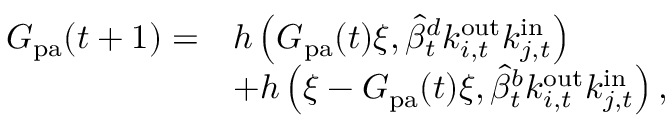
\begin{array} { r l } { G _ { \mathrm { p a } } ( t + 1 ) = } & { h \left( G _ { \mathrm { p a } } ( t ) \xi , \widehat { \beta } _ { t } ^ { d } k _ { i , t } ^ { \mathrm { o u t } } k _ { j , t } ^ { \mathrm { i n } } \right) } \\ & { + h \left( \xi - G _ { \mathrm { p a } } ( t ) \xi , \widehat { \beta } _ { t } ^ { b } k _ { i , t } ^ { \mathrm { o u t } } k _ { j , t } ^ { \mathrm { i n } } \right) , } \end{array}